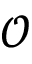
\mathcal { O }